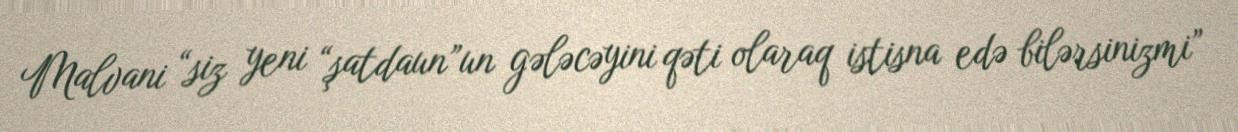
Malvani “siz yeni “şatdaun”un gələcəyini qəti olaraq istisna edə bilərsinizmi”